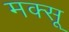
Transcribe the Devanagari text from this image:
मक्सू